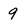
Character: 9